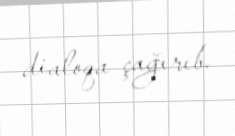
dialoqa çağırıb.